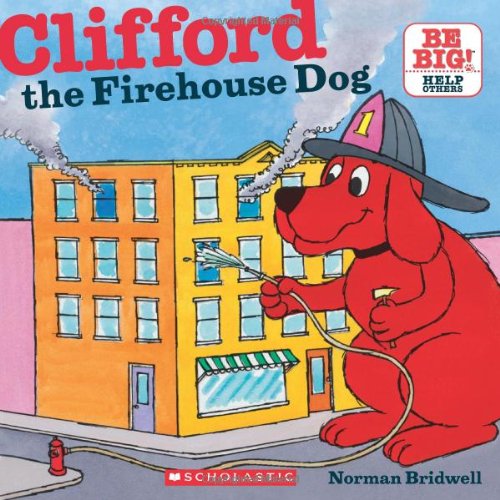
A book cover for Clifford The Firehouse Dog (Clifford 8x8); Norman Bridwell; Children's Books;